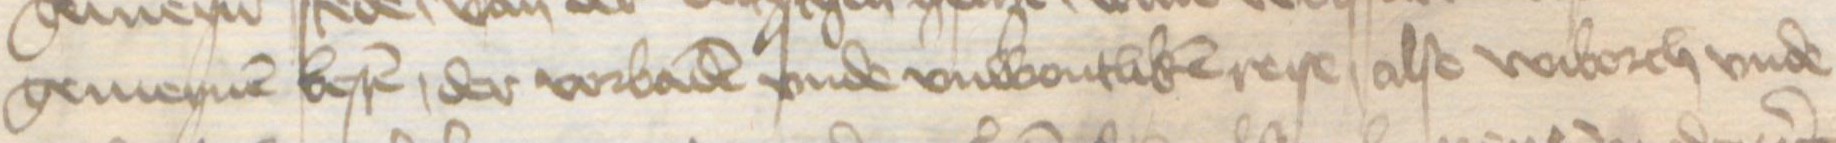
gemeynen besten, der vorbaden vnde vnwontliken reise, alse Wiborch vnde